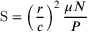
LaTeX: \mathrm { S } = \left( { \frac { r } { c } } \right) ^ { 2 } { \frac { \mu N } { P } }